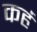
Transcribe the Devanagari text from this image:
कहं